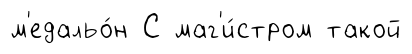
м'едальо́н С маг'и́стром такой